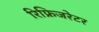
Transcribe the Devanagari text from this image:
रिफ्रिजरेटर